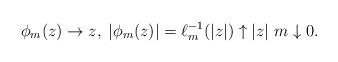
LaTeX: \begin{align*}\phi_m(z)\to z, \; |\phi_m(z)|=\ell_m^{-1}(|z|) \uparrow |z|\ m \downarrow 0. \end{align*}